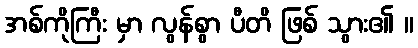
အစ်ကိုကြီး မှာ လွန်စွာ ပီတိ ဖြစ် သွား၏ ။